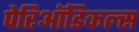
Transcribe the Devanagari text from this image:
पेरिऑडिकल्स